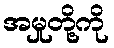
အမှုတို့ကို